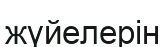
жүйелерін